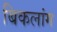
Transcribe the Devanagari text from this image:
बिकलांग